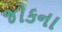
જોકના